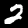
Digit: 2